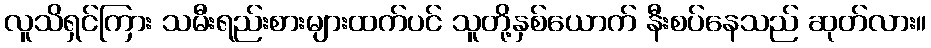
လူသိရှင်ကြား သမီးရည်းစားများထက်ပင် သူတို့နှစ်ယောက် နီးစပ်နေသည် ဆုတ်လား။